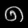
Digit: ၈